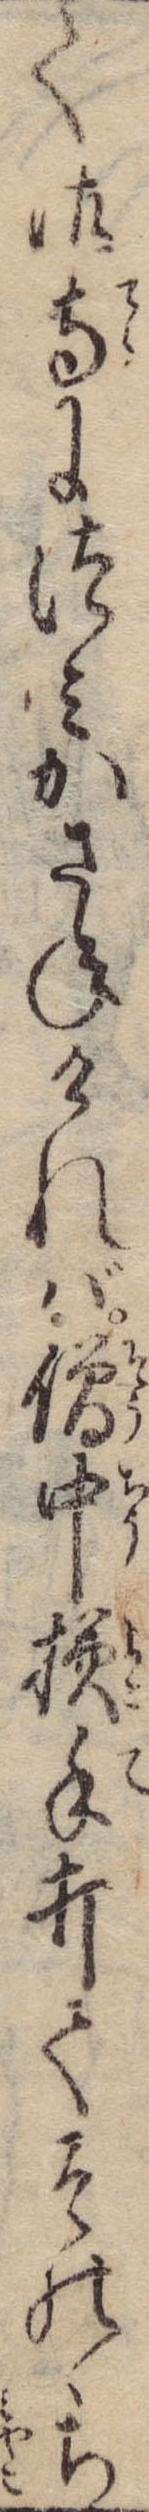
て御寺につみかさねければ僧中横手打てそのゝち